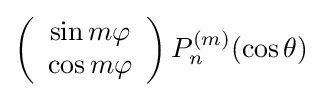
\left({\begin{array}{c}\sin m\varphi \\\cos m\varphi \end{array}}\right)P_{n}^{(m)}(\cos \theta )